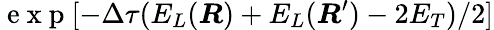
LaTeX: \mathrm{~e~x~p~}[-\Delta\tau(E_{L}(\boldsymbol{R})+E_{L}(\boldsymbol{R}^{\prime})-2E_{T})/2]